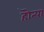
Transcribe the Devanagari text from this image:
हॊत्या